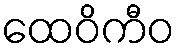
ထေဝိကီဝ